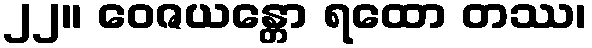
၂၂။ ဝေဇယန္တော ရထော တဿ၊